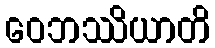
ဝေဘဿိယာတိ